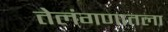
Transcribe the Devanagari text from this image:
तेलंगणातला